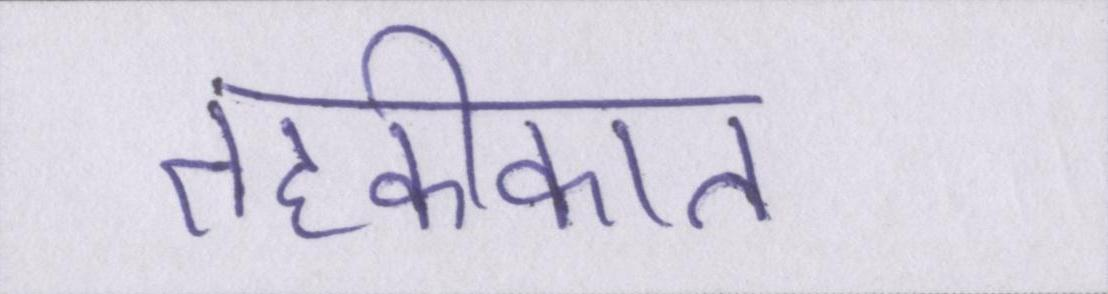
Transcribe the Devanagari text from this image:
तहकीकात